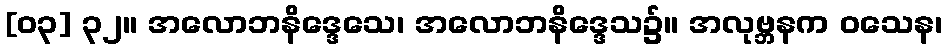
[၀၃] ၃၂။ အလောဘနိဒ္ဒေသေ၊ အလောဘနိဒ္ဒေသ၌။ အလုဗ္ဘနက ဝသေန၊